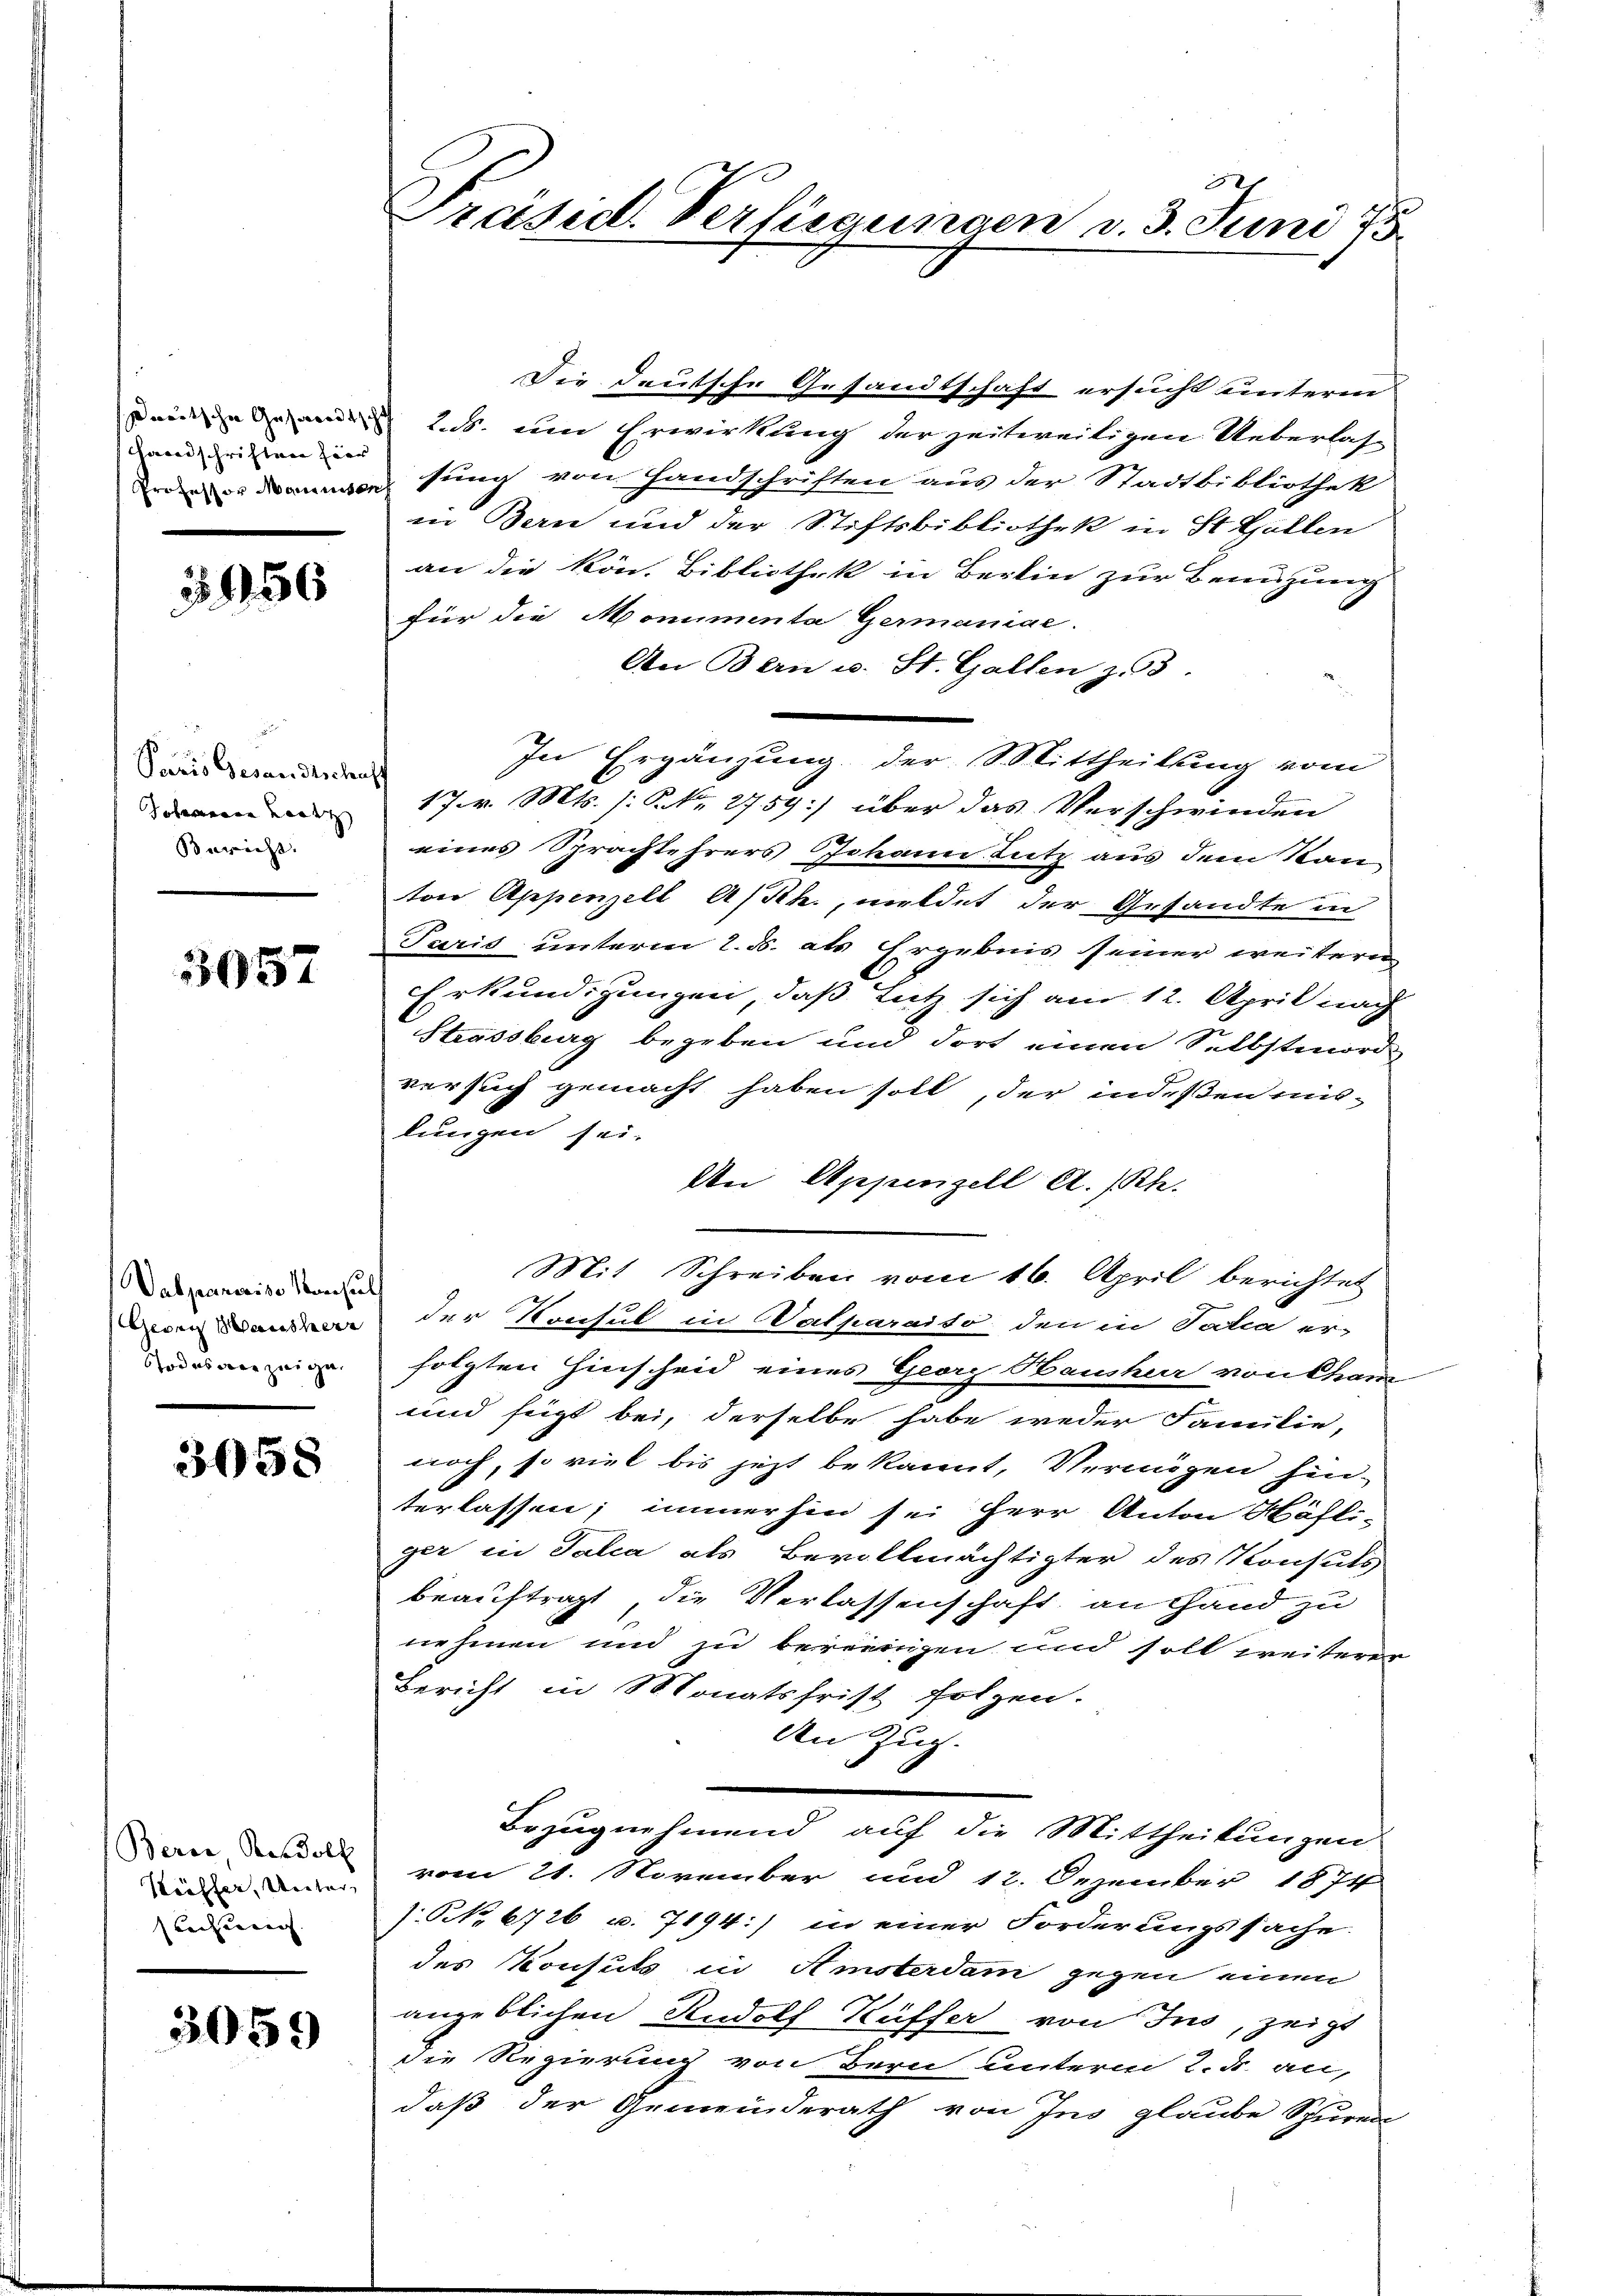
Handschriften hier

3. 156

Paris Gesandtschaff
Johann aus |
Berricht.

3057

Vabpaneriss Konsul
Gegen Hausher
Todesverzeige
e

3058

Bern, Rudolf
Kühler, Unter
srechenen |

3059

Die deutsche Gesandtschaft ersucht unteren
seinen den Lb. um Erwirkung der zeitweiligen Ueberlas-
sung von Handschriften aus der Stadtbibliothek
in Bern und der Stiftsbibliothek in St. Gallen
an die kön. Bibliothek in Berlin zur Bereuzung
für die Monumenta Germaniae.
An Bern u. St. Gallen z. 33.
17. v. Mts. (: P. Nr. 2759] über das Verschwinden
eines Sprachtehrers Johann Lutz aus dem Kan-
ton Appenzell A/Rh., meldet der Gesandte in
Paris unterm 2. d. als Ergebnis seiner weitern
Erkundigungen, daß Lutz sich am 12. April nach
Strassburg begeben und dort einen Selbstmord
versuch gemacht haben soll, der indeßen mis-
lungen sei.
An Appenzell A.-Rh.
Mit Schreiben vom 16. April berichtet
der Konsul in Valparaiso den in Tatia er-
folgten Hinscheid eines Georg Hausherr von Cham
und zeigt bei, derselbe habe weder Familie,
noch, so viel bis jezt bekannt, Vermögen hin-
terlassen; immerhin sei Herr Anton Häfli-
ger in Talia als Bevollmächtigter des Konsuls
beauftragt, die Verlassenschaft an Hand zu
nehmen und zu bereinigen und soll weiterer
Bericht in Monatsfrist folgen.
den Zug.
Bezugnehmend auf die Mittheilungen
vom 21. November und 12. Dezember 1874
). No. 6726 u. 7194:/ in einer Forderungssache.
des Konsuls in Amsterdam gegen einen
angeblichen Rudolf Küffer von Ins, zeigt
die Regierung von Bern unterm 2. d. an,
daß der Gemeinderath von Ins glaube Spuren-

Präsid. Verfügungen v. 3. Juni 18

In Ergänzung der Mittheilung vom